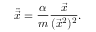
\ddot { \vec { x } } = \frac { \alpha } { m } \frac { \vec { x } } { ( \vec { x } ^ { 2 } ) ^ { 2 } } .